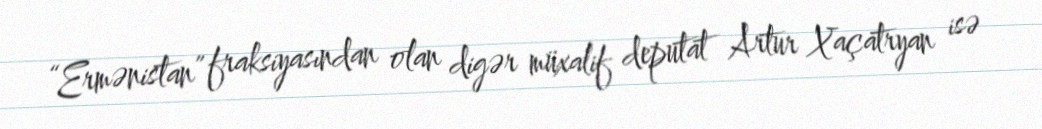
“Ermənistan” fraksiyasından olan digər müxalif deputat Artur Xaçatryan isə